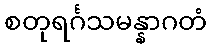
စတုရင်္ဂသမန္နာဂတံ